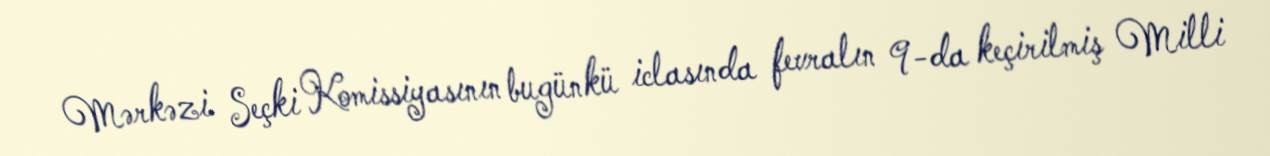
Mərkəzi Seçki Komissiyasının bugünkü iclasında fevralın 9-da keçirilmiş Milli